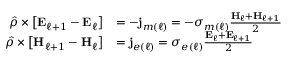
\begin{array} { r l } { \hat { \rho } \times \left[ \mathbf { E } _ { \ell + 1 } - \mathbf { E } _ { \ell } \right] } & { = - \mathbf { j } _ { m ( \ell ) } = - \sigma _ { m ( \ell ) } \frac { \mathbf { H } _ { \ell } + \mathbf { H } _ { \ell + 1 } } { 2 } } \\ { \hat { \rho } \times \left[ \mathbf { H } _ { \ell + 1 } - \mathbf { H } _ { \ell } \right] } & { = \mathbf { j } _ { e ( \ell ) } = \sigma _ { e ( \ell ) } \frac { \mathbf { E } _ { \ell } + \mathbf { E } _ { \ell + 1 } } { 2 } } \end{array}